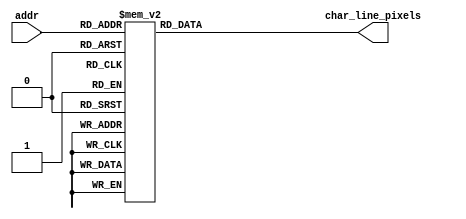
`timescale 1ns / 1ps

module headstone_rom
    (
        input wire [4:0] addr,            // {char_code[6:0], char_line[3:0]}
        output wire  [15:0]  char_line_pixels // pixels of the character line
    );

reg [15:0] data;

assign char_line_pixels = data;

    always @*
        case (addr)
            5'b00000: data = 16'b0000001111000000; //      ****
            5'b00001: data = 16'b0000001111000000; //      ****
            5'b00010: data = 16'b0000001111000000; //      ****
            5'b00011: data = 16'b0000001111000000; //      ****
            5'b00100: data = 16'b0000001111000000; //      ****
            5'b00101: data = 16'b0000001111000000; //      ****
            5'b00110: data = 16'b1111111111111111; //****************
            5'b00111: data = 16'b1111111111111111; //****************
            5'b01000: data = 16'b1111111111111111; //****************
            5'b01001: data = 16'b1111111111111111; //****************
            5'b01010: data = 16'b0000001111000000; //      ****
            5'b01011: data = 16'b0000001111000000; //      ****
            5'b01100: data = 16'b0000001111000000; //      ****
            5'b01101: data = 16'b0000001111000000; //      ****
            5'b01110: data = 16'b0000001111000000; //      ****
            5'b01111: data = 16'b0000001111000000; //      ****
            5'b10000: data = 16'b0000001111000000; //      ****
            5'b10001: data = 16'b0000001111000000; //      ****
            5'b10010: data = 16'b0000001111000000; //      ****
            5'b10011: data = 16'b0000001111000000; //      ****
            5'b10100: data = 16'b0000001111000000; //      ****
            5'b10101: data = 16'b0000001111000000; //      ****
            5'b10110: data = 16'b0000001111000000; //      ****
            5'b10111: data = 16'b0000001111000000; //      ****
            5'b11000: data = 16'b0000001111000000; //      ****
            5'b11001: data = 16'b0000001111000000; //      ****
            5'b11010: data = 16'b0000001111000000; //      ****
            5'b11011: data = 16'b0000001111000000; //      ****
            5'b11100: data = 16'b0000001111000000; //      ****
            5'b11101: data = 16'b0000001111000000; //      ****
            5'b11110: data = 16'b1111111111111111; //****************
            5'b11111: data = 16'b1111111111111111; //****************
            
        endcase

endmodule